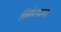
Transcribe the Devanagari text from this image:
विक्रेत्याना